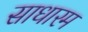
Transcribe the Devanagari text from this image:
साधारम